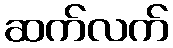
ဆက်လက်